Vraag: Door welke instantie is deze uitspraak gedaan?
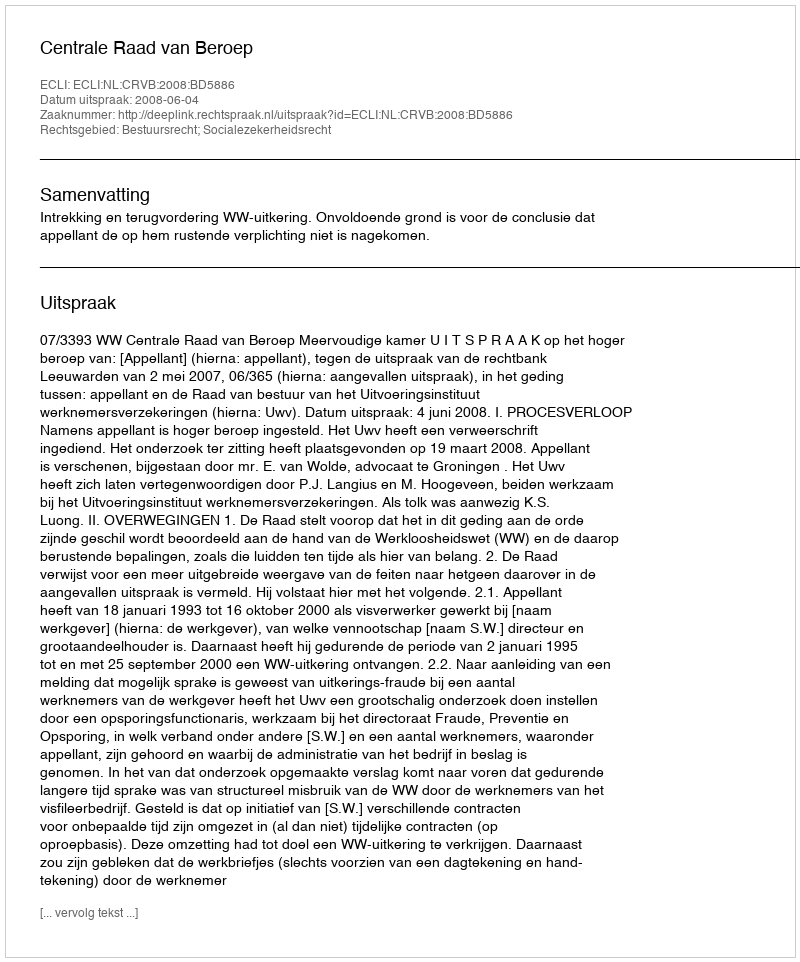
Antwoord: Centrale Raad van Beroep